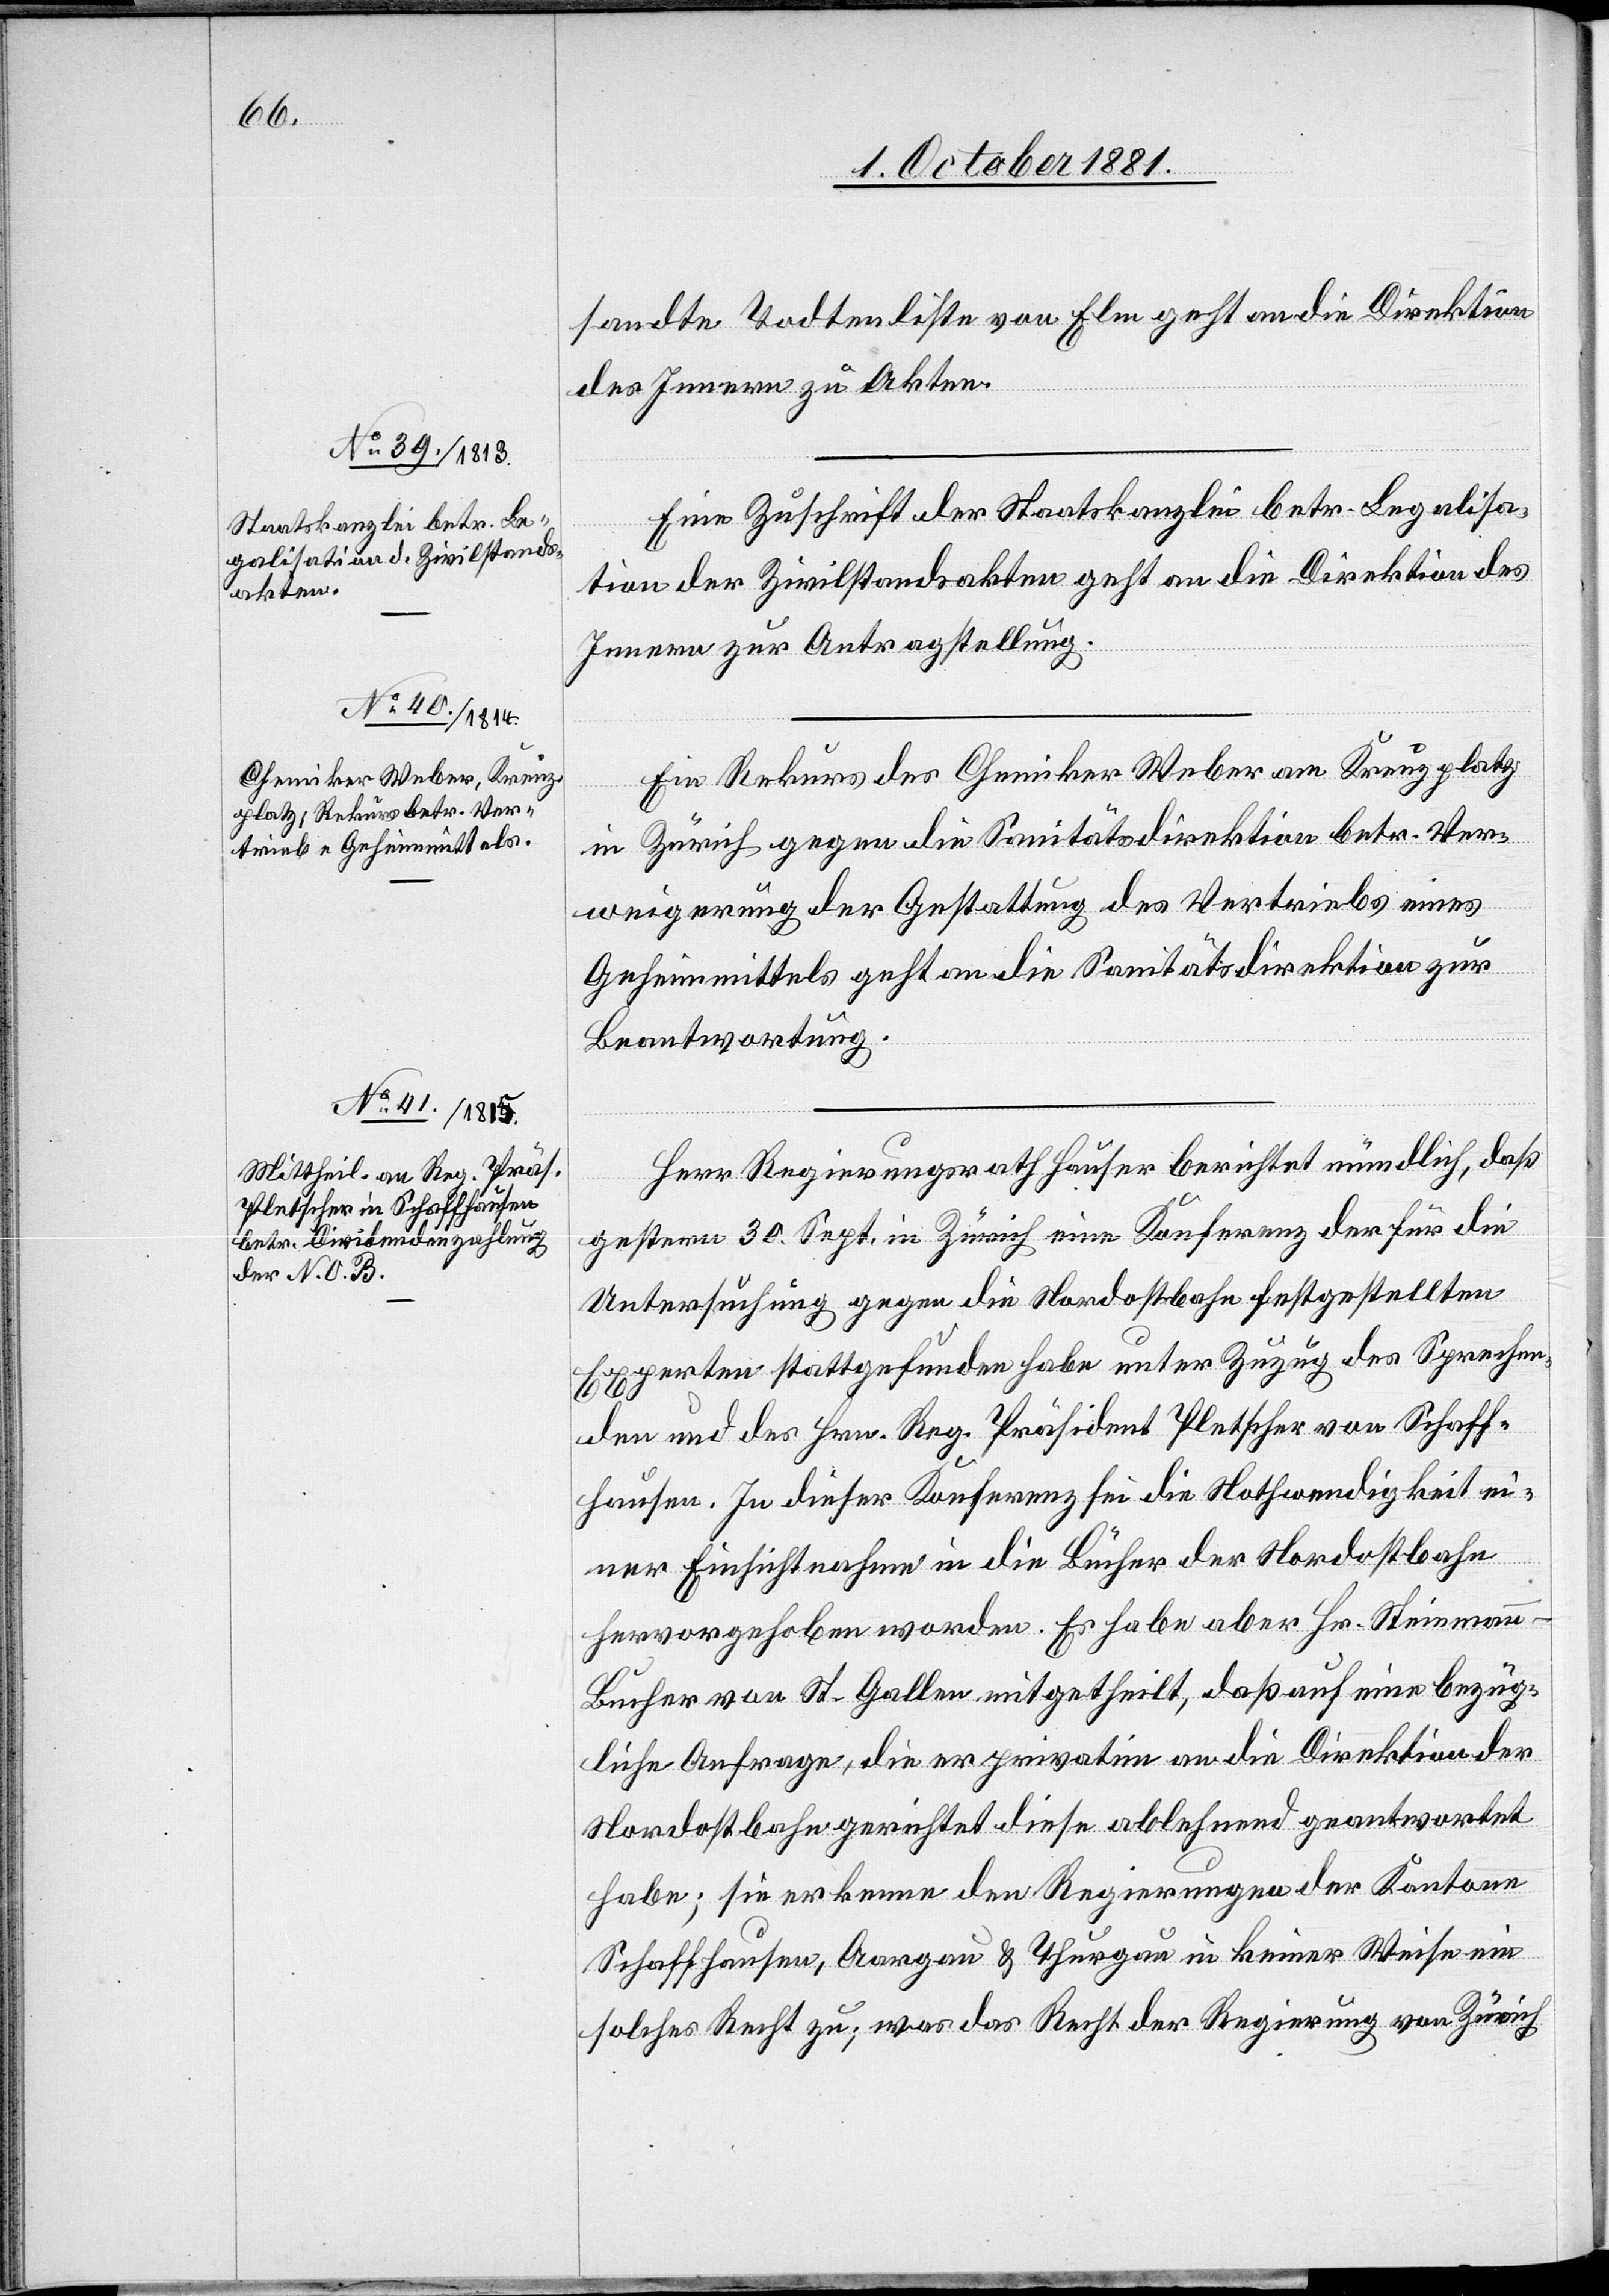
sandte Todtenliste von Elm geht an die Direktion
des Innern zu Akten.
Eine Zuschrift der Staatskanzlei betr. Legalisa¬
tion der Zivilstandsakten geht an die Direktion des
Innern zur Antragstellung.
Ein Rekurs des Chemiker Weber am Kreuzplatz
in Zürich gegen die Sanitätsdirektion betr. Ver¬
weigerung der Gestattung des Vertriebs eines
Geheimmittels geht an die Sanitätsdirektion zur
Beantwortung.
Herr Regierungsrath Hauser berichtet mündlich, daß
gestern 30. Sept. in Zürich eine Konferenz der für die
Untersuchung gegen die Nordostbahn festgestellten
Experten stattgefunden habe unter Zuzug des Sprechen¬
den und des Hrn. Reg. Präsident Pletscher von Schaff¬
hausen. In dieser Konferenz sei die Nothwendigkeit ei¬
ner Einsichtnahme in die Bücher der Nordostbahn
hervorgehoben worden. Es habe aber Hr. Steinman¬
n-Bucher von St. Gallen mitgetheilt, daß auf eine bezüg¬
liche Anfrage, die er privatim an die Direktion der
Nordostbahn gerichtet diese ablehnend geantwortet
habe; sie erkenne den Regierungen der Kantone
Schaffhausen, Aargau & Thurgau in keiner Weise ein
solches Recht zu; was das Recht der Regierung von Zürich